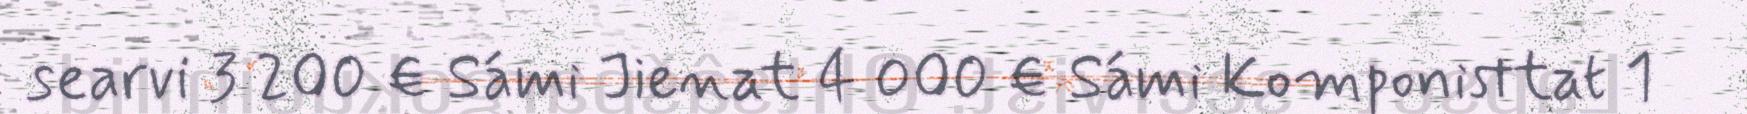
searvi 3 200 € Sámi Jienat 4 000 € Sámi Komponisttat 1